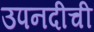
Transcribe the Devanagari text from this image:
उपनदीची